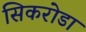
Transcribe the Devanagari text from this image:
सिकरोडा